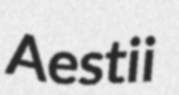
Aestii